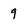
Character: 9